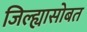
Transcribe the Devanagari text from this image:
जिल्ह्यासोबत